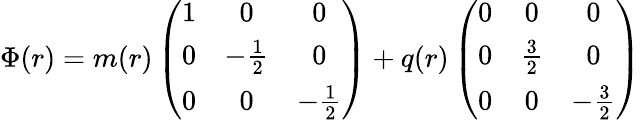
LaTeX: \Phi(r)=m(r)\left(\begin{array}{ccc}{{1}}&{{0}}&{{0}}\\ {{0}}&{{-\frac{1}{2}}}&{{0}}\\ {{0}}&{{0}}&{{-\frac{1}{2}}}\end{array}\right)+q(r)\left(\begin{array}{ccc}{{0}}&{{0}}&{{0}}\\ {{0}}&{{\frac{3}{2}}}&{{0}}\\ {{0}}&{{0}}&{{-\frac{3}{2}}}\end{array}\right)